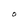
Character: O